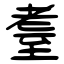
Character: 耋